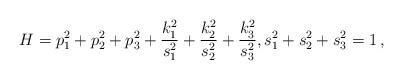
LaTeX: \begin{align*} H=p_1^2+p_2^2+p_3^2+\frac{k_1^2}{s_1^2} +\frac{k_2^2}{s_2^2} + \frac{k_3^2}{s_3^2} ,s_1^2+s_2^2+s_3^2=1 \,,\end{align*}